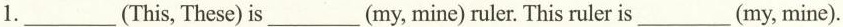
1.___(This, These) is___(my, mine) ruler. This ruler is___(my, mine).